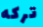
تركه